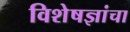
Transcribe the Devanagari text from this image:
विशेषज्ञांचा